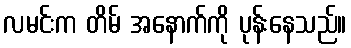
လမင်းက တိမ် အနောက်ကို ပုန်းနေသည်။